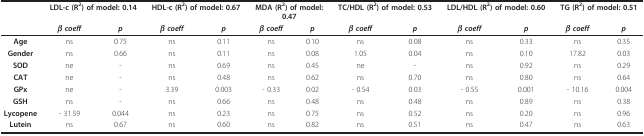
<table><thead><tr><td></td><td colspan="2"><b>LDL-c (R<sup>2</sup>) of model: 0.14</b></td><td colspan="2"><b>HDL-c (R<sup>2</sup>) of model: 0.67</b></td><td colspan="2"><b>MDA (R<sup>2</sup>) of model:0.47</b></td><td colspan="2"><b>TC/HDL (R<sup>2</sup>) of model: 0.53</b></td><td colspan="2"><b>LDL/HDL (R<sup>2</sup>) of model: 0.60</b></td><td colspan="2"><b>TG (R<sup>2</sup>) of model: 0.51</b></td></tr><tr><td></td><td><b><i>β coeff</i></b></td><td><b><i>p</i></b></td><td><b><i>β coeff</i></b></td><td><b><i>p</i></b></td><td><b><i>β coeff</i></b></td><td><b><i>p</i></b></td><td><b><i>β coeff</i></b></td><td><b><i>p</i></b></td><td><b><i>β coeff</i></b></td><td><b><i>p</i></b></td><td><b><i>β coeff</i></b></td><td><b><i>p</i></b></td></tr></thead><tbody><tr><td><b>Age</b></td><td>ns</td><td>0.75</td><td>ns</td><td>0.11</td><td>ns</td><td>0.10</td><td>ns</td><td>0.08</td><td>ns</td><td>0.33</td><td>ns</td><td>0.35</td></tr><tr><td><b>Gender</b></td><td>ns</td><td>0.66</td><td>ns</td><td>0.11</td><td>ns</td><td>0.08</td><td>1.05</td><td>0.04</td><td>ns</td><td>0.10</td><td>17.82</td><td>0.03</td></tr><tr><td><b>SOD</b></td><td>ne</td><td>-</td><td>ns</td><td>0.69</td><td>ns</td><td>0.45</td><td>ne</td><td>-</td><td>ns</td><td>0.92</td><td>ns</td><td>0.29</td></tr><tr><td><b>CAT</b></td><td>ne</td><td>-</td><td>ns</td><td>0.48</td><td>ns</td><td>0.62</td><td>ns</td><td>0.70</td><td>ns</td><td>0.80</td><td>ns</td><td>0.64</td></tr><tr><td><b>GPx</b></td><td>ne</td><td>-</td><td>3.39</td><td>0.003</td><td>- 0.33</td><td>0.02</td><td>- 0.54</td><td>0.03</td><td>- 0.55</td><td>0.001</td><td>- 10.16</td><td>0.004</td></tr><tr><td><b>GSH</b></td><td>ns</td><td>-</td><td>ns</td><td>0.66</td><td>ns</td><td>0.48</td><td>ns</td><td>0.48</td><td>ns</td><td>0.89</td><td>ns</td><td>0.38</td></tr><tr><td><b>Lycopene</b></td><td>- 31.59</td><td>0.044</td><td>ns</td><td>0.23</td><td>ns</td><td>0.75</td><td>ns</td><td>0.52</td><td>ns</td><td>0.20</td><td>ns</td><td>0.96</td></tr><tr><td><b>Lutein</b></td><td>ns</td><td>0.67</td><td>ns</td><td>0.60</td><td>ns</td><td>0.82</td><td>ns</td><td>0.51</td><td>ns</td><td>0.47</td><td>ns</td><td>0.63</td></tr></tbody></table>